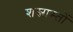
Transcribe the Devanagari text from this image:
शस्त्रास्तों